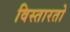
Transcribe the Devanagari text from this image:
विस्तारतो